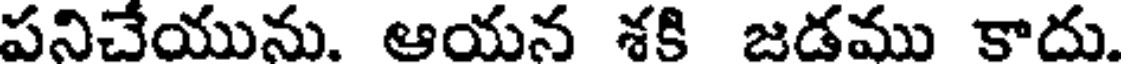
పనిచేయును. ఆయన శకి జడము కాదు.